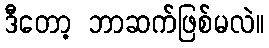
ဒီတော့ ဘာဆက်ဖြစ်မလဲ။